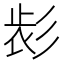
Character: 𢒕